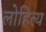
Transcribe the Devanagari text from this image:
लोहित्य